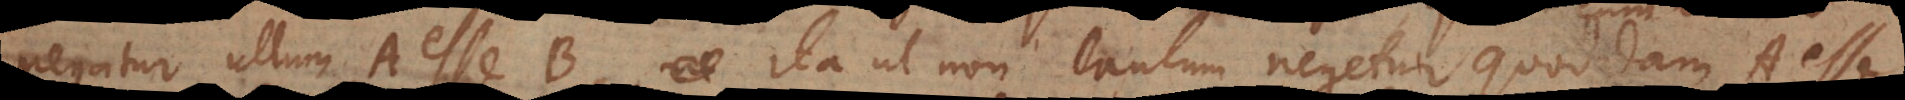
negatur ullum A esse B, ita ut non tantum negetur quoddam A esse